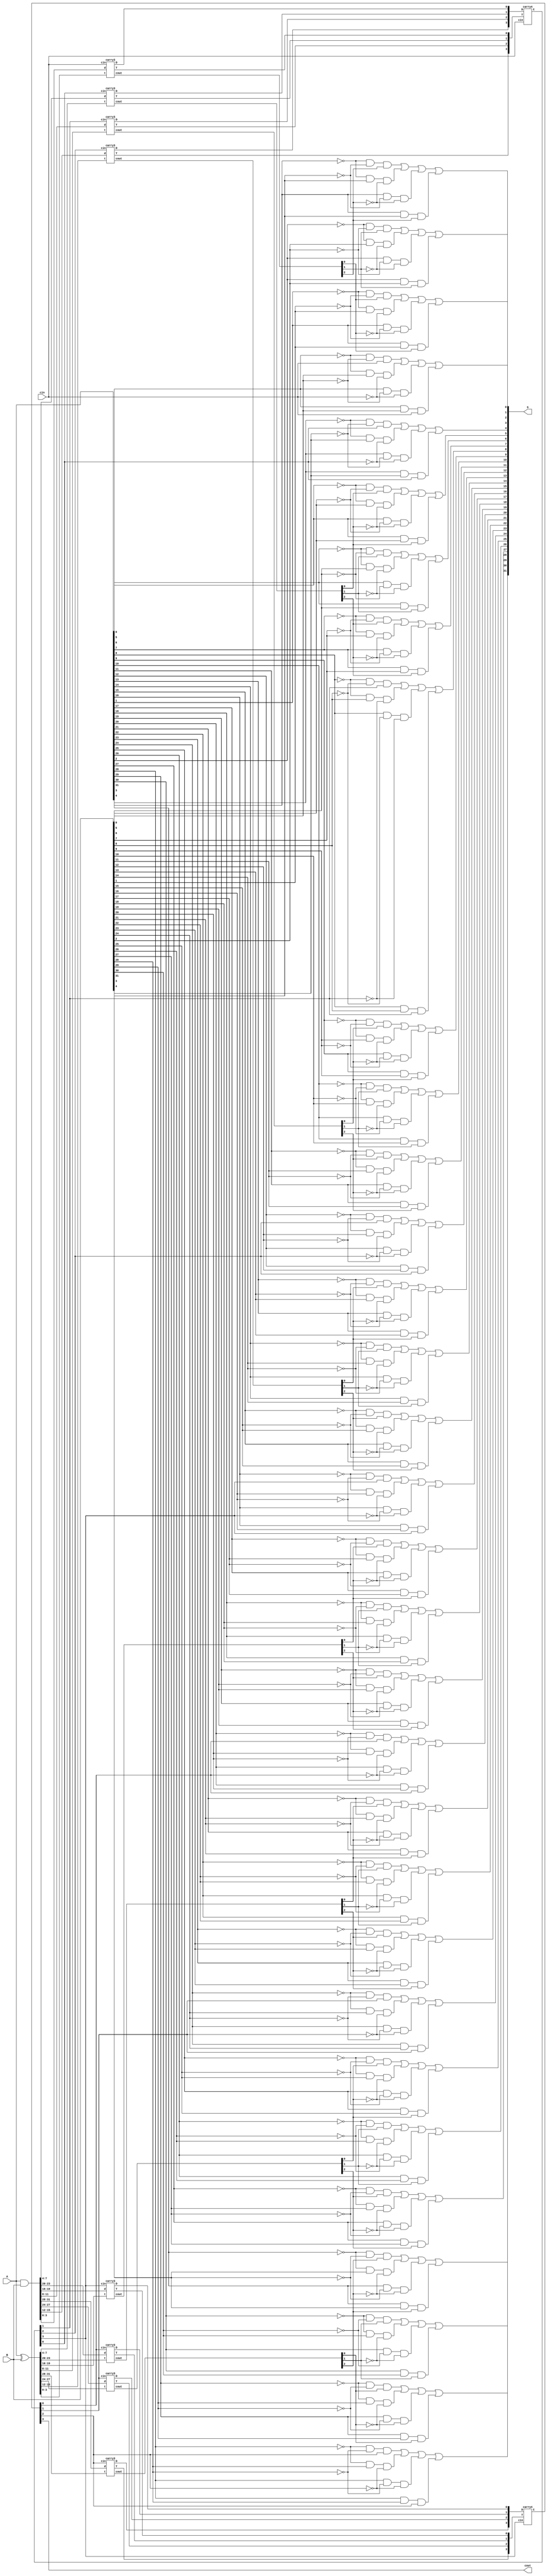
module add32(
	input	[31:0]	A,
	input	[31:0]	B,
	input			cin,
	output  [31:0]	 S,
	output			cout
);
	wire	[31:0]	d;
	wire	[31:0]	t;
	wire	[7:0]	D;
	wire	[7:0]	T;
	wire	[31:0]	C;
	assign	d = A & B;
	assign	t = A ^ B;
	assign	S[0] = ~A[0]&~B[0]&cin | ~A[0]&B[0]&~cin | A[0]&~B[0]&~cin | A[0]&B[0]&cin;
	assign	cout = C[31];
	generate
	genvar i;
	for(i = 1;i < 32;i = i+1)
	begin
		assign S[i] =  ~A[i]&~B[i]&C[i-1] | ~A[i]&B[i]&~C[i-1] | A[i]&~B[i]&~C[i-1] | A[i]&B[i]&C[i-1];
	end
	endgenerate
	carry3 ZERgroup(.d(d[3:0]),.t(t[3:0]),.cin(cin),.cout(C[2:0]),.D(D[0]),.T(T[0]));
	carry3 FIRgroup(.d(d[7:4]),.t(t[7:4]),.cin(C[3]),.cout(C[6:4]),.D(D[1]),.T(T[1]));
	carry3 SECgroup(.d(d[11:8]),.t(t[11:8]),.cin(C[7]),.cout(C[10:8]),.D(D[2]),.T(T[2]));
	carry3 THIgroup(.d(d[15:12]),.t(t[15:12]),.cin(C[11]),.cout(C[14:12]),.D(D[3]),.T(T[3]));
	carry3 FORgroup(.d(d[19:16]),.t(t[19:16]),.cin(C[15]),.cout(C[18:16]),.D(D[4]),.T(T[4]));
	carry3 FIVgroup(.d(d[23:20]),.t(t[23:20]),.cin(C[19]),.cout(C[22:20]),.D(D[5]),.T(T[5]));
	carry3 SIXZgroup(.d(d[27:24]),.t(t[27:24]),.cin(C[23]),.cout(C[26:24]),.D(D[6]),.T(T[6]));
	carry3 SEVgroup(.d(d[31:28]),.t(t[31:28]),.cin(C[27]),.cout(C[30:28]),.D(D[7]),.T(T[7]));
	carry4	big_group1(.D(D[3:0]),.T(T[3:0]),.cin(cin),.C({C[15],C[11],C[7],C[3]}));
	carry4	big_group2(.D(D[7:4]),.T(T[7:4]),.cin(C[15]),.C({C[31],C[27],C[23],C[19]}));
endmodule

module	carry3(
	input	[3:0]	d,
	input	[3:0]	t,
	input			cin,
	output	[2:0]	cout,
	output			D,
	output			T
);
	assign	D = d[3] | t[3]&d[2] | t[3]&t[2]&d[1] | t[3]&t[2]&t[1]&d[0];
	assign	T = t[3]&t[2]&t[1]&t[0];
	assign	cout[0] = d[0] | t[0]&cin;
	assign	cout[1] = d[1] | t[1]&d[0] | t[1]&t[0]&cin;
	assign	cout[2] = d[2] | t[2]&d[1] | t[2]&t[1]&d[0] | t[2]&t[1]&t[0]&cin;
endmodule

module	carry4(
	input	[3:0]	D,
	input	[3:0]	T,
	input			cin,
	output	[3:0]	C
);
	assign	C[0] = D[0] | T[0]&cin;
	assign	C[1] = D[1] | T[1]&C[0];
	assign	C[2] = D[2] | T[2]&C[1];
	assign	C[3] = D[3] | T[3]&C[2];
endmodule